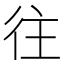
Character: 往